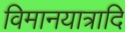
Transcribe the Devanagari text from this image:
विमानयात्रादि